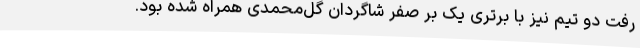
رفت دو تیم نیز با برتری یک بر صفر شاگردان گل‌محمدی همراه شده بود.